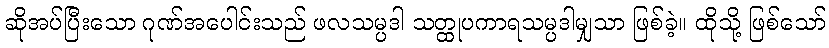
ဆိုအပ်ပြီးသော ဂုဏ်အပေါင်းသည် ဖလသမ္ပဒါ သတ္ထုပကာရသမ္ပဒါမျှသာ ဖြစ်ခဲ့။ ထိုသို့ ဖြစ်သော်